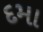
દમા